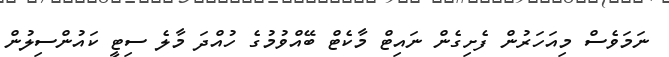
ނަމަވެސް މިއަހަރުން ފެށިގެން ނައިޓް މާކެޓް ބޭއްވުމުގެ ހުއްދަ މާލެ ސިޓީ ކައުންސިލުން